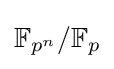
\mathbb {F} _{p^{n}}/\mathbb {F} _{p}